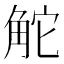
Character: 𧣖